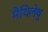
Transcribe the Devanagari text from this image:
मैथिलेषु